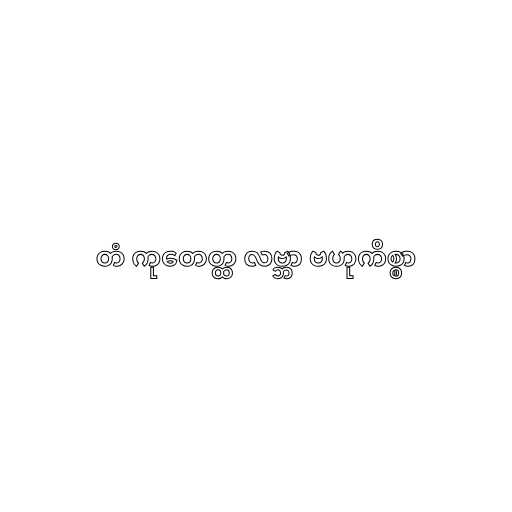
တံ ကုတေတ္ထ လဗ္ဘာ ဗဟုကိစ္စာ